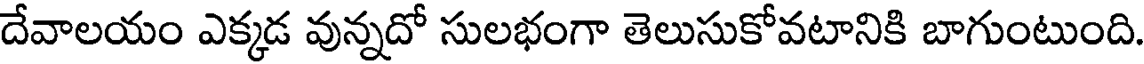
దేవాలయం ఎక్కడ వున్నదో సులభంగా తెలుసుకోవటానికి బాగుంటుంది